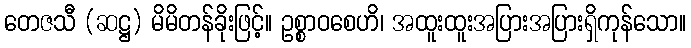
တေဇသီ (ဆဋ္ဌ) မိမိတန်ခိုးဖြင့်။ ဥစ္စာဝစေဟိ၊ အထူးထူးအပြားအပြားရှိကုန်သော။